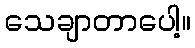
သေချာတာပေါ့။